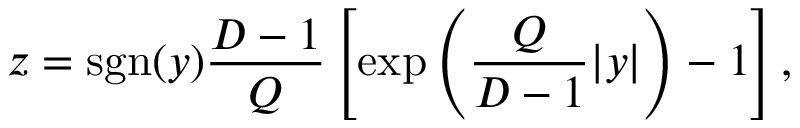
z = \mathrm { s g n } ( y ) { \frac { D - 1 } { Q } } \left[ \exp \left( { \frac { Q } { D - 1 } } | y | \right) - 1 \right] ,